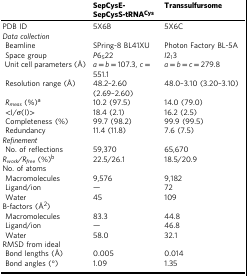
<table><thead><tr><td></td><td><b>SepCysE-SepCysS-tRNA<sup>Cys</sup></b></td><td><b>Transsulfursome</b></td></tr></thead><tbody><tr><td>PDB ID</td><td>5X6B</td><td>5X6C</td></tr><tr><td colspan="3"><i>Data collection</i></td></tr><tr><td> Beamline</td><td>SPring-8 BL41XU</td><td>Photon Factory BL-5A</td></tr><tr><td> Space group</td><td><i>P</i>6<sub>5</sub>22</td><td><i>I</i>2<sub>1</sub>3</td></tr><tr><td> Unit cell parameters (Å)</td><td><i>a</i> = <i>b</i> = 107.3, <i>c</i> = 551.1</td><td><i>a</i> = <i>b</i> = <i>c</i> = 279.8</td></tr><tr><td> Resolution range (Å)</td><td>48.2–2.60 (2.69–2.60)</td><td>48.0–3.10 (3.20–3.10)</td></tr><tr><td> <i>R</i><sub><i>meas</i></sub> (%)<sup>a</sup></td><td>10.2 (97.5)</td><td>14.0 (79.0)</td></tr><tr><td> &lt;I/σ(I)&gt;</td><td>18.4 (2.1)</td><td>16.2 (2.5)</td></tr><tr><td> Completeness (%)</td><td>99.7 (98.2)</td><td>99.9 (99.5)</td></tr><tr><td> Redundancy</td><td>11.4 (11.8)</td><td>7.6 (7.5)</td></tr><tr><td colspan="3"><i>Refinement</i></td></tr><tr><td> No. of reflections</td><td>59,370</td><td>65,670</td></tr><tr><td><i>R</i><sub><i>work</i></sub><i>/R</i><sub><i>free</i></sub> (%)<sup>b</sup></td><td>22.5/26.1</td><td>18.5/20.9</td></tr><tr><td colspan="3">No. of atoms</td></tr><tr><td> Macromolecules</td><td>9,576</td><td>9,182</td></tr><tr><td> Ligand/ion</td><td>—</td><td>72</td></tr><tr><td> Water</td><td>45</td><td>109</td></tr><tr><td colspan="3">B-factors (Å<sup>2</sup>)</td></tr><tr><td> Macromolecules</td><td>83.3</td><td>44.8</td></tr><tr><td> Ligand/ion</td><td>—</td><td>46.8</td></tr><tr><td> Water</td><td>58.0</td><td>32.1</td></tr><tr><td colspan="3">RMSD from ideal</td></tr><tr><td> Bond lengths (Å)</td><td>0.005</td><td>0.014</td></tr><tr><td> Bond angles (°)</td><td>1.09</td><td>1.35</td></tr></tbody></table>